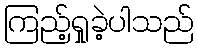
ကြည့်ရှုခဲ့ပါသည်